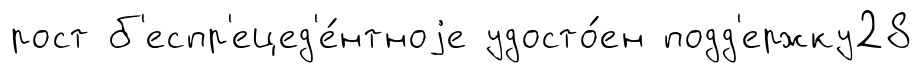
рост б'еспр'ецед'е́нтноjе удосто́ен подд'ержку28